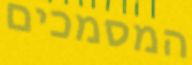
המסמכים